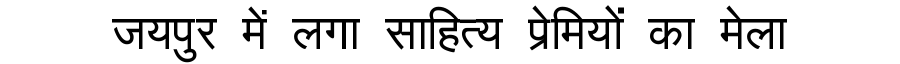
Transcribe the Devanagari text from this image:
जयपुर में लगा साहित्य प्रेमियों का मेला